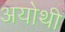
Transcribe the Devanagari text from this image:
अयोथी